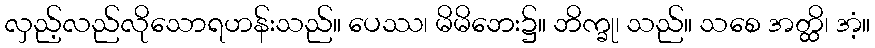
လှည့်လည်လိုသောရဟန်းသည်။ ပေဿ၊ မိမိဘေး၌။ ဘိက္ခု၊ သည်။ သစေ အတ္ထိ၊ အံ့။